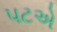
પટએ